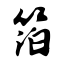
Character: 箔